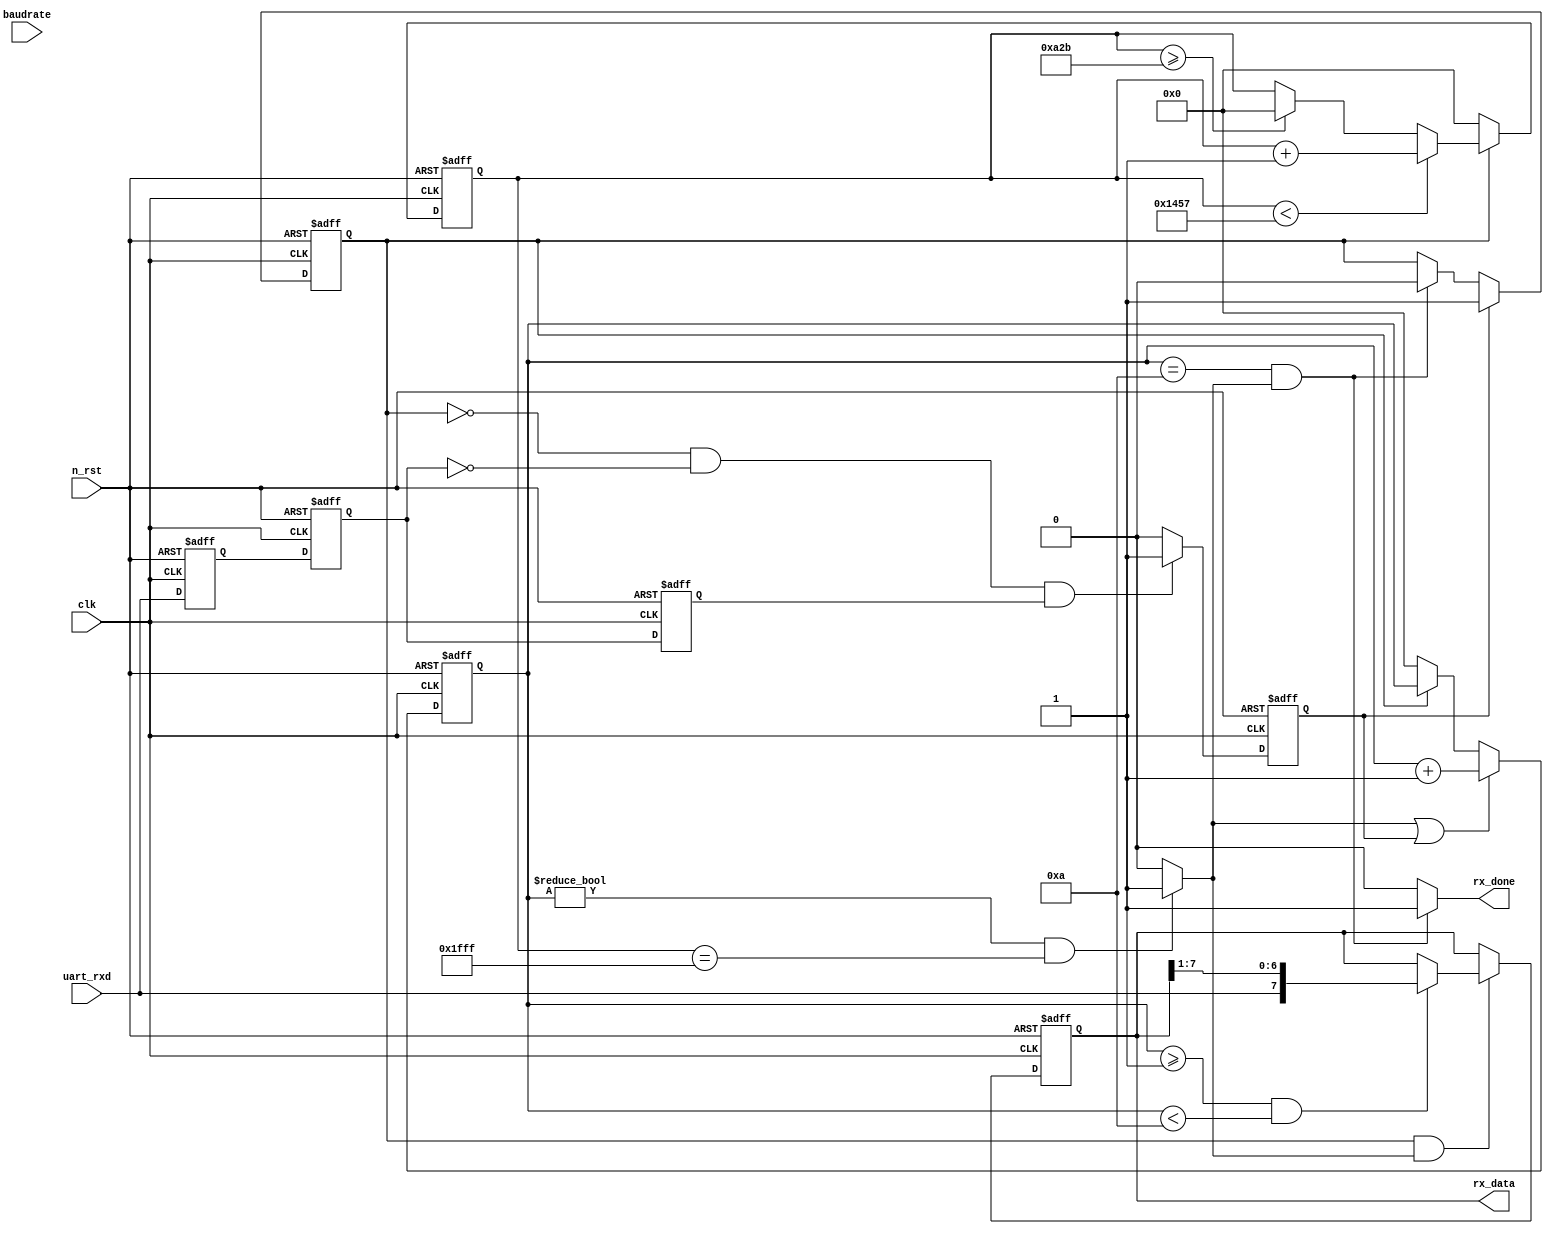
module uart_rx#(    
    `ifdef SIM
    parameter T_DIV_BIT    = 4,   //  2-bit
    parameter T_DIV_0      = 4'd15, // 0-15 : 16 // 50 MHz clock -> 9,600 rate
    parameter T_DIV_HALF_0 = 4'd7,  // 0- 7file : 8
    parameter T_DIV_1      = 4'd7,  // 0- 7 : 8  // 50 MHz clock -> 9,600 rate
    parameter T_DIV_HALF_1 = 4'd3  // 0- 3 : 4
    `else
    // 50 MHz clock -> (1/(d5208)) -> 9,600 rate
    parameter T_DIV_BIT    = 13,   // 5207 : 13-bit
    parameter T_DIV_0      = 13'd5207, // 0-5207 : 5208  // 50 MHz clock ->  9,600 rate
    parameter T_DIV_HALF_0 = 13'd2603, // 5208/2 = 2604  // 50 MHz clock ->  9,600 rate
    parameter T_DIV_1      = 13'd5207, // 0-2603 : 2604  // 50 MHz clock -> 19,200 rate
    parameter T_DIV_HALF_1 = 13'd1301 // 2604/2 = 1302  // 50 MHz clock -> 19,200 rate
    `endif
)(  
    input       clk,
    input       n_rst,
    
    input        baudrate,  // 0 : 9600, 1 : 19200...
    input        uart_rxd,  
    
    output           rx_done,   
    output     [7:0] rx_data    
);

reg [T_DIV_BIT-1:0]   cnt;  
reg [T_DIV_BIT-1:0]   cnt_rx_bit;

reg [7:0]   temp;

reg         rxin_d1;
reg         rxin_d2;
reg         rxin_d3;

reg         start_en;
reg         rx_en;

wire        clk_rx_en;


// rx_data "temp" flip flop
always @(posedge clk or negedge n_rst) begin
    if (!n_rst) begin
        temp <= 8'h00;
    end

    else begin
        if (rx_en && clk_rx_en) begin
            if ((cnt_rx_bit >=  4'h1) && (cnt_rx_bit < 4'hA)) begin
                temp <= {uart_rxd, temp[7:1]};
                // cnt
            end

            else begin 
                temp <= temp;
            end
        end

        else begin 
            temp <= temp;
        end
    end     
end

// rx_data Combinational Logic
assign rx_data = temp;


// rxin_delay flip flop
always @(posedge clk or negedge n_rst) begin
    if (!n_rst) begin
        rxin_d1 <= 1'b0;
        rxin_d2 <= 1'b0;
        rxin_d3 <= 1'b0;
    end

    else begin
        rxin_d1 <= uart_rxd;
        rxin_d2 <= rxin_d1;
        rxin_d3 <= rxin_d2;
    end
end

// start_en flip flop (edge detector)
always @(posedge clk or negedge n_rst) begin
    if (!n_rst) begin
        start_en <= 1'b0;
    end

    else begin
        if ((rx_en == 1'b0) && (rxin_d2 == 1'b0) && (rxin_d3 == 1'b1)) begin
            start_en <= 1'b1;
        end

        else begin
            start_en <= 1'b0;
        end
    end
end

// rx_en flip flop
always @(posedge clk or negedge n_rst) begin
    if (!n_rst) begin
        rx_en <= 1'b0;
    end

    else begin
        if (start_en) begin
            rx_en <= 1'b1;
        end

        else if ((cnt_rx_bit == 4'hA) && (clk_rx_en)) begin
            rx_en <= 1'b0;
        end

        else begin
            rx_en <= rx_en;
        end
    end
end

//  cnt flip flop       
always @(posedge clk or negedge n_rst) begin
    if (!n_rst) begin
        cnt <= 4'h0;
    end

    else begin
        if (rx_en) begin
            if (cnt < T_DIV_0) begin 
                cnt <= cnt + 4'h1;
            end

            else if (cnt >= T_DIV_HALF_0) begin
                cnt <= 4'h0;
            end

            else begin
                cnt <= cnt;
            end
        end

        else begin
            cnt <= 4'h0;
        end
    end
end

// clk_rx_en Combinational Logic
assign clk_rx_en = ((cnt_rx_bit != 4'h0) && (cnt == {(T_DIV_BIT){1'd3}}))? 1'b1 : 1'b0; 

// cnt_rx_bit 
always @(posedge clk or negedge n_rst) begin
    if (!n_rst) begin
        cnt_rx_bit <= 4'h0;
    end

    else begin
        if (clk_rx_en || start_en) begin
            cnt_rx_bit <= cnt_rx_bit + 4'h1;
        end

        else if (!rx_en) begin
            cnt_rx_bit <= 4'h0;
        end
            
        else begin
            cnt_rx_bit <= cnt_rx_bit;
        end
    end
end

// rx_done 
assign rx_done = ((cnt_rx_bit == 4'hA) && (clk_rx_en))? 1'b1 : 1'b0;


endmodule